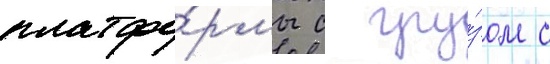
платфо́рмы с гру́зом с